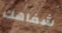
شفاهك